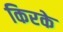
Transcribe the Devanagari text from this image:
किरके